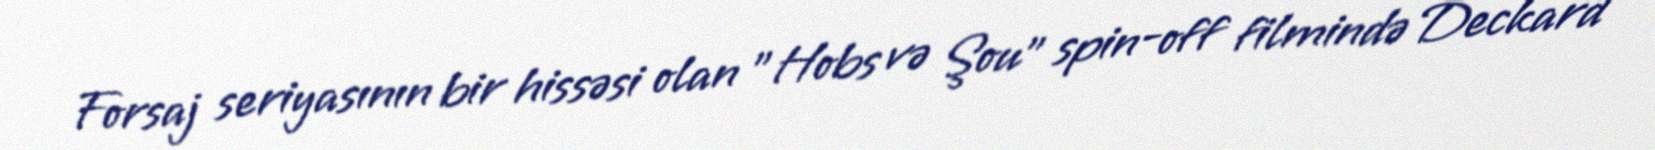
Forsaj seriyasının bir hissəsi olan "Hobs və Şou" spin-off filmində Deckard